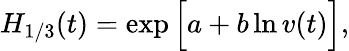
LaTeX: H_{1/3}(t)=\exp\Big[a+b\ln v(t)\Big],